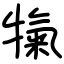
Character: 犔